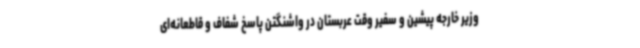
وزیر خارجه پیشین و سفیر وقت عربستان در واشنگتن پاسخ شفاف و قاطعانه‌ای